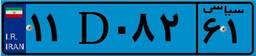
۱۱D۰۸۲۶۱